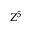
Z ^ { 5 }